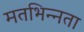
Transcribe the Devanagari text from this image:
मतभिन्‍नता